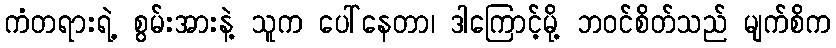
ကံတရားရဲ့ စွမ်းအားနဲ့ သူက ပေါ်နေတာ၊ ဒါကြောင့်မို့ ဘဝင်စိတ်သည် မျက်စိက